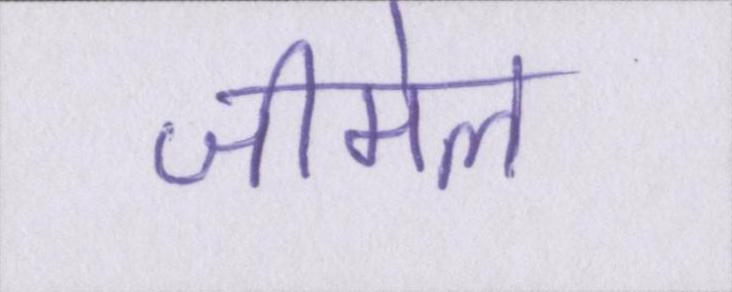
जीमेल